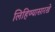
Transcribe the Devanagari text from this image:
लिहिण्यासारखे